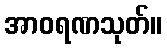
အာဝရဏသုတ်။